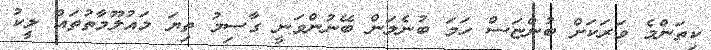
ކިތަންމެ ވަރަކަށް ބުންޏަސް ހަމަ ބުނެލަން ބޭނުންވަނީ ގާސިމު ތިޔަ މައުލޫމާތުތައް ލީކު